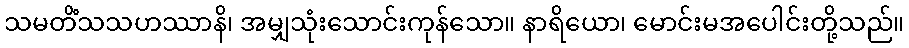
သမတိံသသဟဿာနိ၊ အမျှသုံးသောင်းကုန်သော။ နာရိယော၊ မောင်းမအပေါင်းတို့သည်။